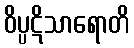
ဝိပ္ပဋိသာရောတိ